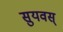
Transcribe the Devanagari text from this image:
सुयवस्